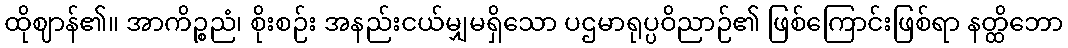
ထိုဈာန်၏။ အာကိဉ္စညံ၊ စိုးစဉ်း အနည်းငယ်မျှမရှိသော ပဌမာရုပ္ပဝိညာဉ်၏ ဖြစ်ကြောင်းဖြစ်ရာ နတ္ထိဘော